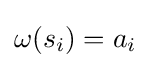
\omega (s_{i})=a_{i}